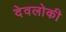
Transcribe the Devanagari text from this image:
देवलोकी